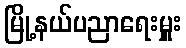
မြို့နယ်ပညာရေးမှူး